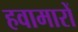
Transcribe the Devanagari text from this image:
हवामारों